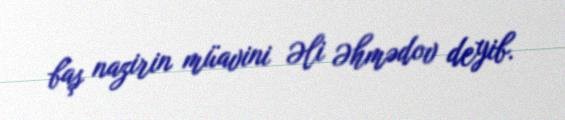
baş nazirin müavini Əli Əhmədov deyib.